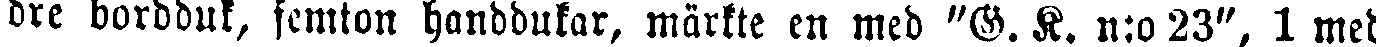
dre bordduk, femton handdukar, märkte en med "G. K. n:o 23", 1 med